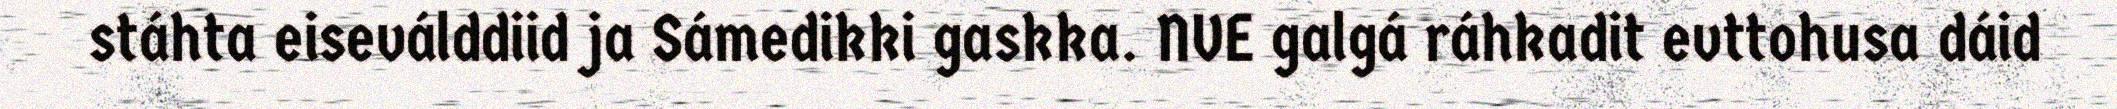
stáhta eiseválddiid ja Sámedikki gaskka. NVE galgá ráhkadit evttohusa dáid